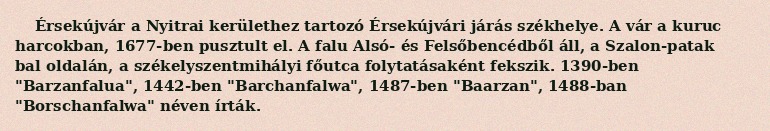
Érsekújvár a Nyitrai kerülethez tartozó Érsekújvári járás székhelye. A vár a kuruc harcokban, 1677-ben pusztult el. A falu Alsó- és Felsőbencédből áll, a Szalon-patak bal oldalán, a székelyszentmihályi főutca folytatásaként fekszik. 1390-ben "Barzanfalua", 1442-ben "Barchanfalwa", 1487-ben "Baarzan", 1488-ban "Borschanfalwa" néven írták.